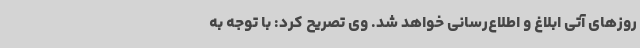
روزهای آتی ابلاغ و اطلاع‌رسانی خواهد شد. وی تصریح کرد: با توجه به